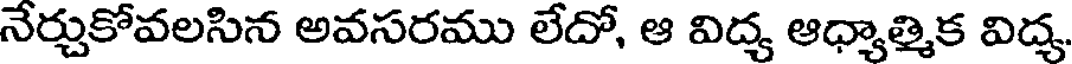
నేర్చుకోవలసిన అవసరము లేదో, ఆ విద్య ఆధ్యాత్మిక విద్య